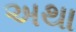
અથા